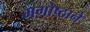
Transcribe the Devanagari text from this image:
भगोष्ठाने